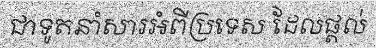
ជាទូតនាំសារអំពីប្រទេស ដែលផ្តល់